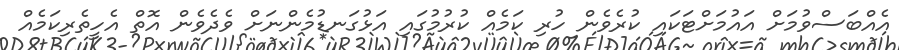
އެއްބަސްވުމަށް އައުމަށްޓަކައި ކުރެވެން ހުރި ކަމެއް ކުރުމުގައި އަޅުގަނޑުމެންނަށް ވެދެވެން އޮތް އެހީތެރިކަމެއް